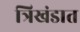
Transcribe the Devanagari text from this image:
त्रिखंडात